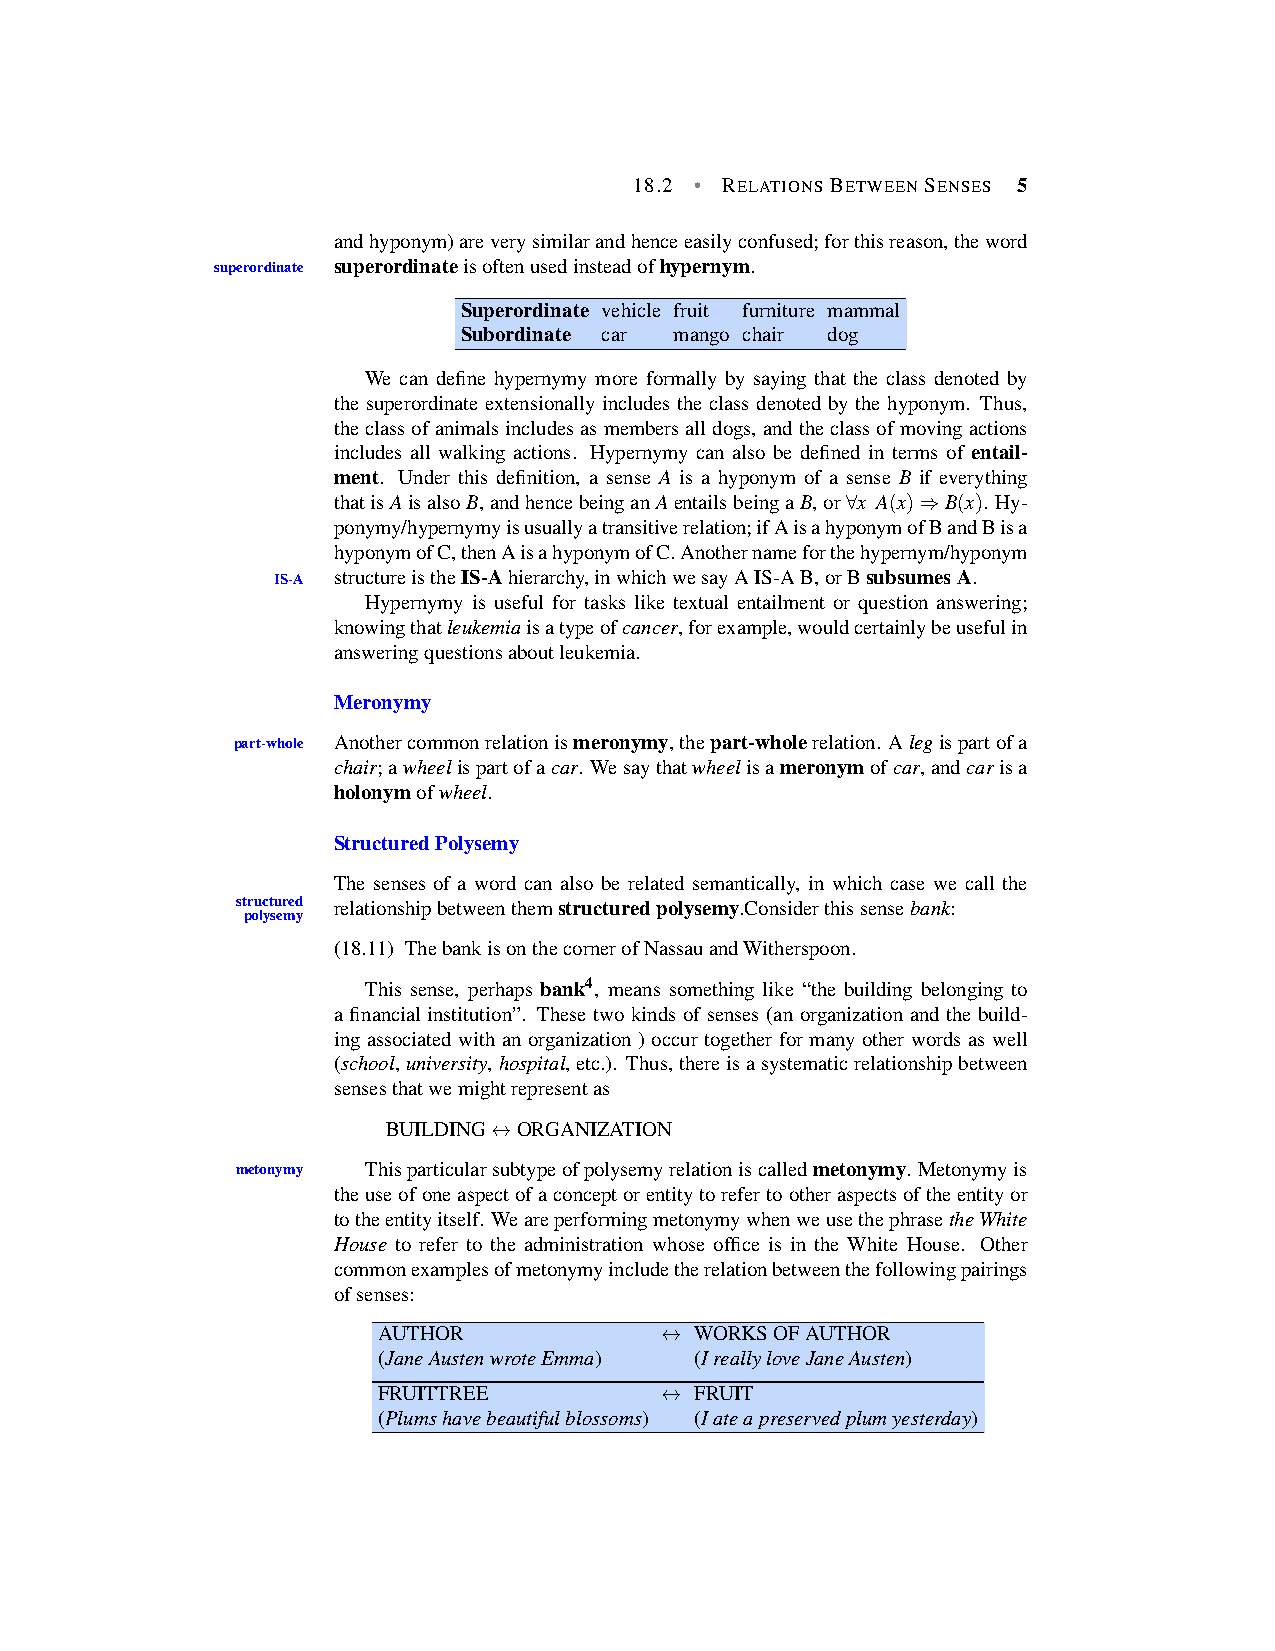
18.2 • RELATIONSBETWEENSENSES 5
 andhyponym)areverysimilarandhenceeasilyconfused;forthisreason,theword
 superordinate superordinateisoftenusedinsteadofhypernym.
 Superordinate vehicle fruit furniture mammal
 Subordinate car mango chair dog
 We can define hypernymy more formally by saying that the class denoted by
 the superordinate extensionally includes the class denoted by the hyponym. Thus,
 theclassofanimalsincludesasmembersalldogs,andtheclassofmovingactions
 includes all walking actions. Hypernymy can also be defined in terms of entail-
 ment. Under this definition, a sense A is a hyponym of a sense B if everything
 thatisAisalsoB,andhencebeinganAentailsbeingaB,or∀x A(x)⇒B(x). Hy-
 ponymy/hypernymyisusuallyatransitiverelation;ifAisahyponymofBandBisa
 hyponymofC,thenAisahyponymofC.Anothernameforthehypernym/hyponym
 IS-A structureistheIS-Ahierarchy,inwhichwesayAIS-AB,orBsubsumesA.
 Hypernymy is useful for tasks like textual entailment or question answering;
 knowingthatleukemiaisatypeofcancer,forexample,wouldcertainlybeusefulin
 answeringquestionsaboutleukemia.
 Meronymy
 part-whole Anothercommonrelationismeronymy,thepart-wholerelation. Alegispartofa
 chair;awheelispartofacar. Wesaythatwheelisameronymofcar,andcarisa
 holonymofwheel.
 StructuredPolysemy
 The senses of a word can also be related semantically, in which case we call the
 structured relationshipbetweenthemstructuredpolysemy.Considerthissensebank:
 polysemy
 (18.11) ThebankisonthecornerofNassauandWitherspoon.
 This sense, perhaps bank4, means something like “the building belonging to
 a financial institution”. These two kinds of senses (an organization and the build-
 ing associated with an organization ) occur together for many other words as well
 (school,university,hospital,etc.). Thus,thereisasystematicrelationshipbetween
 sensesthatwemightrepresentas
 BUILDING↔ORGANIZATION
 metonymy Thisparticularsubtypeofpolysemyrelationiscalledmetonymy. Metonymyis
 theuseofoneaspectofaconceptorentitytorefertootheraspectsoftheentityor
 totheentityitself. WeareperformingmetonymywhenweusethephrasetheWhite
 House to refer to the administration whose office is in the White House. Other
 commonexamplesofmetonymyincludetherelationbetweenthefollowingpairings
 ofsenses:
 AUTHOR             ↔ WORKSOFAUTHOR
 (JaneAustenwroteEmma) (IreallyloveJaneAusten)
 FRUITTREE          ↔ FRUIT
 (Plumshavebeautifulblossoms) (Iateapreservedplumyesterday)